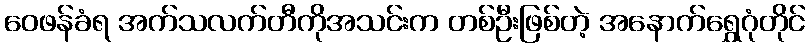
ဝေဖန်ခံရ အက်သလက်တီကိုအသင်းက တစ်ဦးဖြစ်တဲ့ အနောက်ရွှေဂုံတိုင်